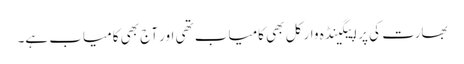
بھارت کی پراپیگینڈہ وار کل بھی کامیاب تھی اور آج بھی کامیاب ہے۔